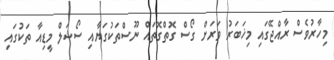
މިހާރުވެސް ރާއްޖޭގައި މިޚަބަރު ވަރަށް ގޯސް ގޮތްގޮތައް ނޫސްތަކުގަޔާއި ސޯޝަލް މީޑިއާ ތަކުގައި